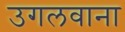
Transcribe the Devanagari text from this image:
उगलवाना